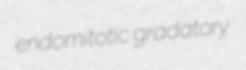
endomitotic gradatory